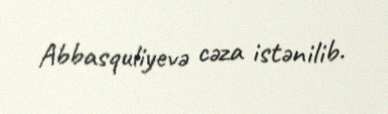
Abbasquliyevə cəza istənilib.